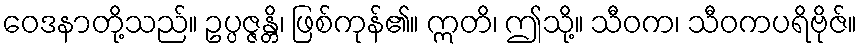
ဝေဒနာတို့သည်။ ဥပ္ပဇ္ဇန္တိ၊ ဖြစ်ကုန်၏။ ဣတိ၊ ဤသို့။ သီဝက၊ သီဝကပရိဗိုဇ်။